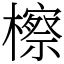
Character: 檫